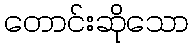
တောင်းဆိုသော